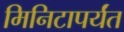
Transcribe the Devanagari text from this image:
मिनिटापर्यंत